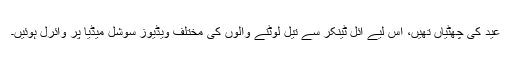
عید کی چھٹیاں تھیں، اس لیے آئل ٹینکر سے تیل لوٹنے والوں کی مختلف ویڈیوز سوشل میڈیا پر وائرل ہوئیں۔